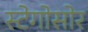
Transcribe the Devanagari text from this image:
स्टेगोसोर